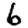
Digit: 6